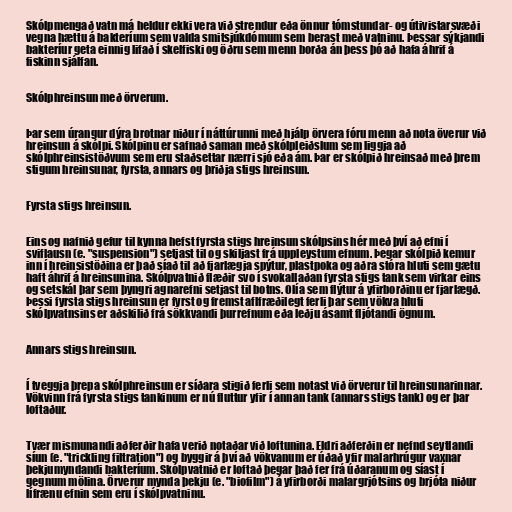
Skólpmengað vatn má heldur ekki vera við strendur eða önnur tómstundar- og útivistarsvæði
vegna hættu á bakteríum sem valda smitsjúkdómum sem berast með vatninu. Þessar sýkjandi
bakteríur geta einnig lifað í skelfiski og öðru sem menn borða án þess þó að hafa áhrif á
fiskinn sjálfan.

Skólphreinsun með örverum.

Þar sem úrangur dýra brotnar niður í náttúrunni með hjálp örvera fóru menn að nota överur við
hreinsun á skólpi. Skólpinu er safnað saman með skólpleiðslum sem liggja að
skólphreinsistöðvum sem eru staðsettar nærri sjó eða ám. Þar er skólpið hreinsað með þrem
stigum hreinsunar, fyrsta, annars og þriðja stigs hreinsun.

Fyrsta stigs hreinsun.

Eins og nafnið gefur til kynna hefst fyrsta stigs hreinsun skólpsins hér með því að efni í
sviflausn (e. "suspension") setjast til og skiljast frá uppleystum efnum. Þegar skólpið kemur
inn í hreinsistöðina er það síað til að fjarlægja spýtur, plastpoka og aðra stóra hluti sem gætu
haft áhrif á hreinsunina. Skólpvatnið flæðir svo í svokallaðan fyrsta stigs tank sem virkar eins
og setskál þar sem þyngri agnarefni setjast til botns. Olía sem flýtur á yfirborðinu er fjarlægð.
Þessi fyrsta stigs hreinsun er fyrst og fremst aflfræðilegt ferli þar sem vökva hluti
skólpvatnsins er aðskilið frá sökkvandi þurrefnum eða leðju ásamt fljótandi ögnum.

Annars stigs hreinsun.

Í tveggja þrepa skólphreinsun er síðara stigið ferli sem notast við örverur til hreinsunarinnar.
Vökvinn frá fyrsta stigs tankinum er nú fluttur yfir í annan tank (annars stigs tank) og er þar
loftaður.

Tvær mismunandi aðferðir hafa verið notaðar við loftunina. Eldri aðferðin er nefnd seytlandi
síun (e. "trickling filtration") og byggir á því að vökvanum er úðað yfir malarhrúgur vaxnar
þekjumyndandi bakteríum. Skólpvatnið er loftað þegar það fer frá úðaranum og síast í
gegnum mölina. Örverur mynda þekju (e. "biofilm") á yfirborði malargrjótsins og brjóta niður
lífrænu efnin sem eru í skólpvatninu.